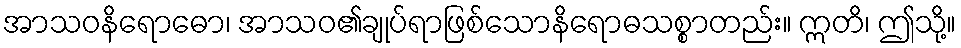
အာသဝနိရောဓော၊ အာသဝ၏ချုပ်ရာဖြစ်သောနိရောဓသစ္စာတည်း။ ဣတိ၊ ဤသို့။